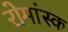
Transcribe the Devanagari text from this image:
रोमांस्क